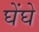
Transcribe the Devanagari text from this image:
घेंघे